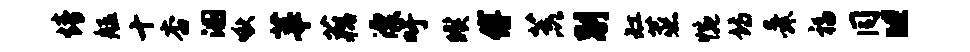
情艋十杏溷啾莘藕漂吁暌傅荒别缸蒸惋诗舜福同“